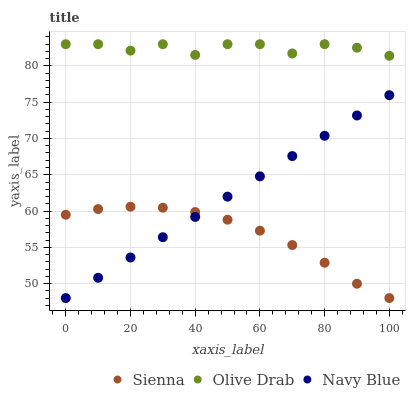
| xaxis_label | Sienna | Olive Drab | Navy Blue |
 | --- | --- | --- | --- |
 | 0 | 59.5 | 83 | 48 |
 | 10 | 60.3 | 83 | 50.8 |
 | 20 | 60.6 | 82.1 | 53.6 |
 | 30 | 60.5 | 83 | 56.4 |
 | 40 | 59.9 | 81.5 | 59.2 |
 | 50 | 58.8 | 83 | 62 |
 | 60 | 57.3 | 83 | 64.8 |
 | 70 | 55.3 | 81.7 | 67.6 |
 | 80 | 52.9 | 83 | 70.4 |
 | 90 | 50 | 82.5 | 73.2 |
 | 100 | 48 | 81.4 | 76 |